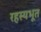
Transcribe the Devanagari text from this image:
रहस्यभूत